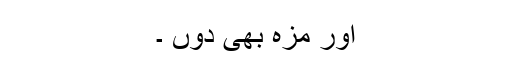
اور مزہ بھی دوں ۔